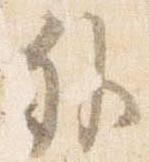
外